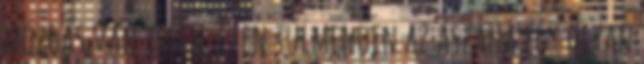
mozgás van jelen. Ezen túlmenően az ászana egy olyan